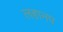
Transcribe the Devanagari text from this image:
लहानप